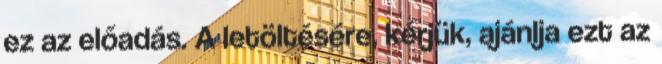
ez az előadás. A letöltésére, kérjük, ajánlja ezt az